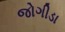
જોગીડા